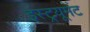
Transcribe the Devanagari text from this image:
इंस्ट्रयूमेंट